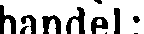
handel :